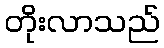
တိုးလာသည်